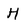
Character: H